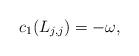
LaTeX: \begin{align*} c_1 (L_{j,j}) = -\omega, \end{align*}